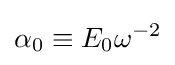
\alpha _{0}\equiv E_{0}\omega ^{-2}